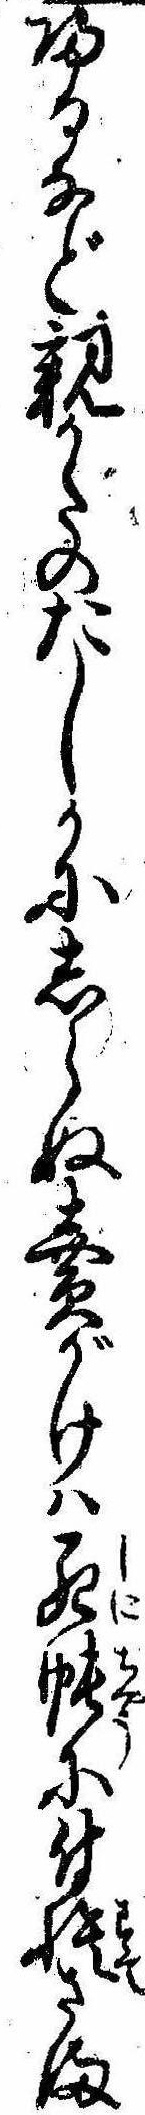
帰るなど親かたのたしかにしらぬ売がけは死帳に付捨さま